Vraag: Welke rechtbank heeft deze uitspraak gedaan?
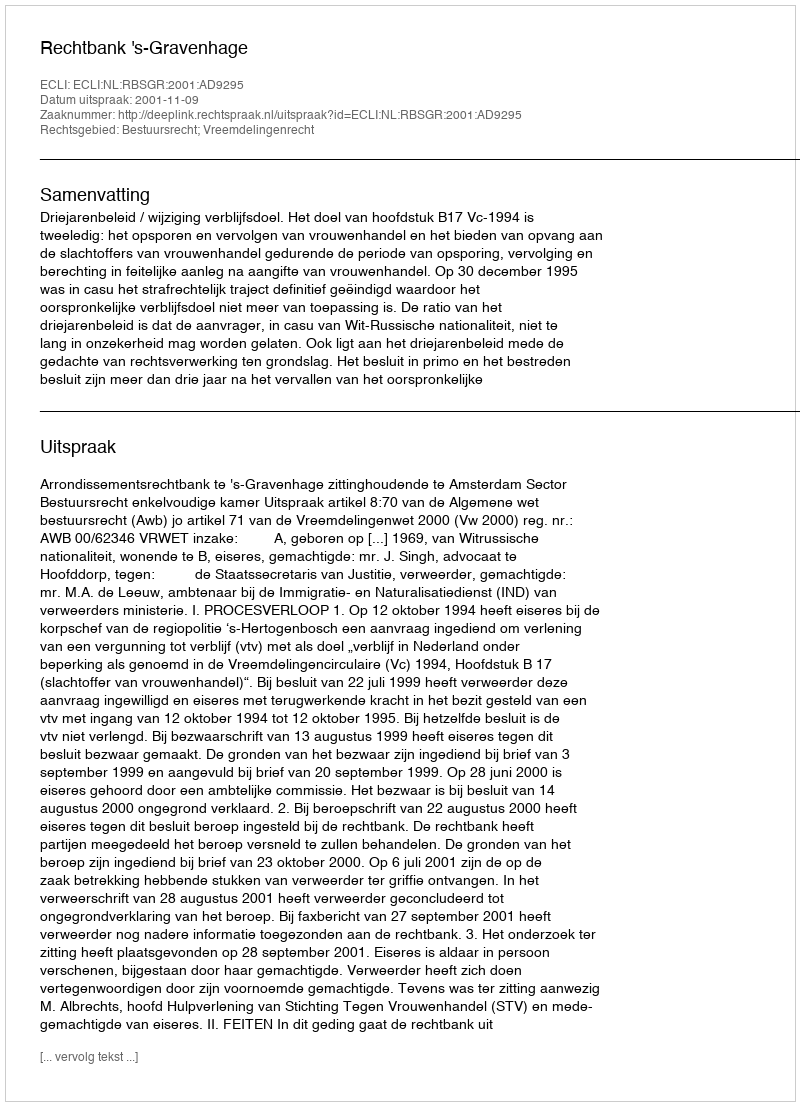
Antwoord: Rechtbank 's-Gravenhage